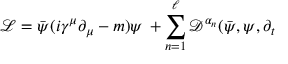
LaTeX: \mathcal { L } = \bar { \psi } ( i \gamma ^ { \mu } \partial _ { \mu } - m ) \psi \, + \sum _ { n = 1 } ^ { \ell } \mathcal { D } ^ { \alpha _ { n } } ( \bar { \psi } , \psi , \partial _ { t }